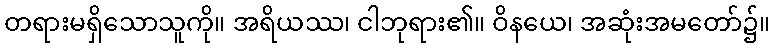
တရားမရှိသောသူကို။ အရိယဿ၊ ငါဘုရား၏။ ဝိနယေ၊ အဆုံးအမတော်၌။